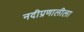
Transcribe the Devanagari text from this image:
नदीप्रणालीला